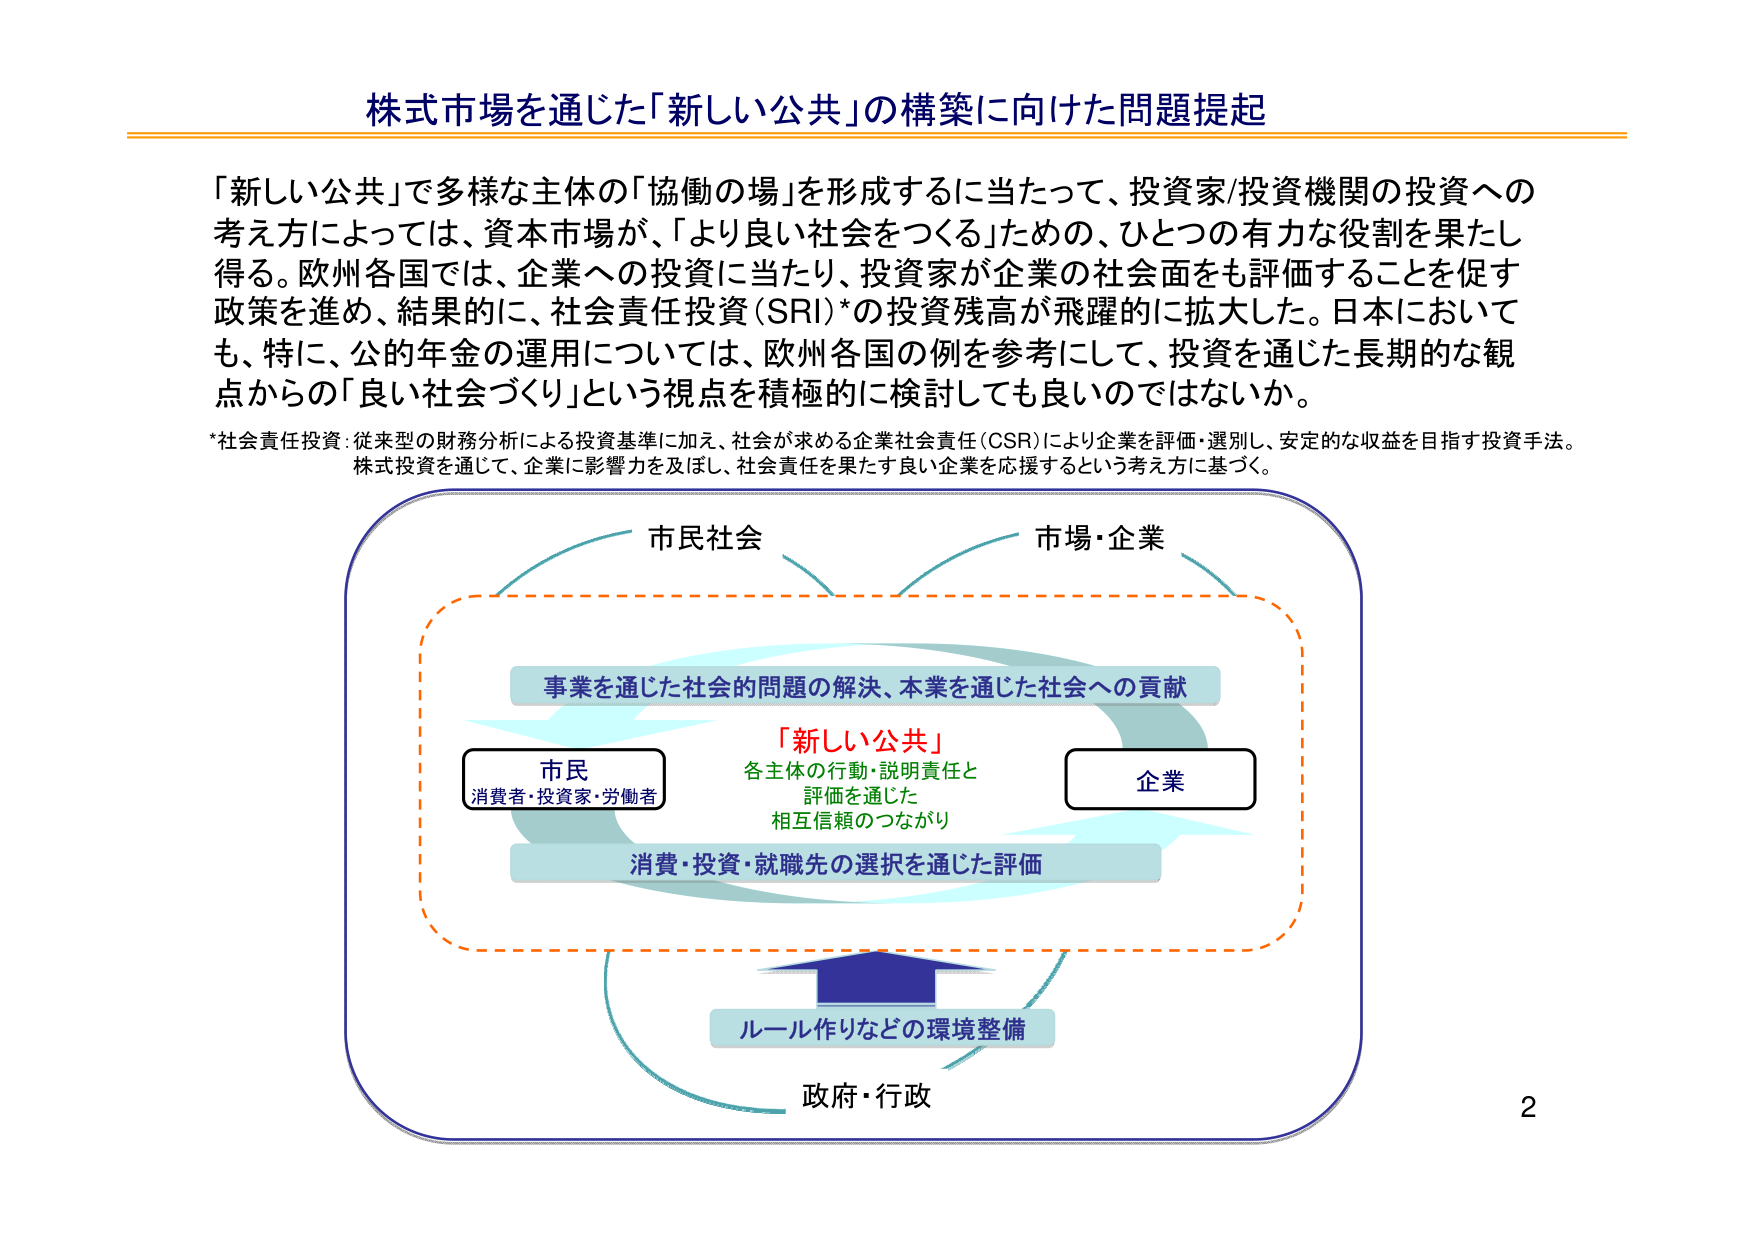
株式市場を通じた「新しい公共」の構築に向けた問題提起

「新しい公共」で多様な主体の「協働の場」を形成するに当たって、投資家/投資機関の投資への考え方によっては、資本市場が、「より良い社会をつくる」ための、ひとつの有力な役割を果たし得る。欧州各国では、企業への投資に当たり、投資家が企業の社会面をも評価することを促す政策を進め、結果的に、社会責任投資（SRI）*の投資残高が飛躍的に拡大した。日本においても、特に、公的年金の運用については、欧州各国の例を参考にして、投資を通じた長期的な観点からの「良い社会づくり」という視点を積極的に検討しても良いのではないか。

*社会責任投資：従来型の財務分析による投資基準に加え、社会が求める企業社会責任（CSR）により企業を評価・選別し、安定的な収益を目指す投資手法。株式投資を通じて、企業に影響力を及ぼし、社会責任を果たす良い企業を応援するという考え方に基づく。

市民社会
市場・企業

事業を通じた社会的問題の解決、本業を通じた社会への貢献

「新しい公共」
各主体の行動・説明責任と
評価を通じた
相互信頼のつながり

市民
消費者・投資家・労働者

企業

消費・投資・就職先の選択を通じた評価

ルール作りなどの環境整備

政府・行政

2